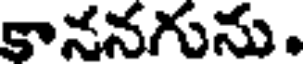
కాననగును.